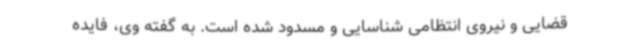
قضایی و نیروی انتظامی شناسایی و مسدود شده است. به گفته وی، فایده